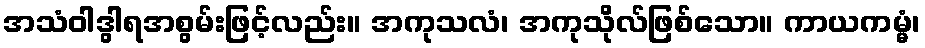
အသံဝါဒွါရအစွမ်းဖြင့်လည်း။ အကုသလံ၊ အကုသိုလ်ဖြစ်သော။ ကာယကမ္မံ၊